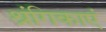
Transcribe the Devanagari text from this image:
श्रंगिकाएं